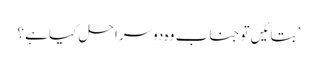
’بتائیں تو جناب وہ دوسرا حل کیا ہے ؟